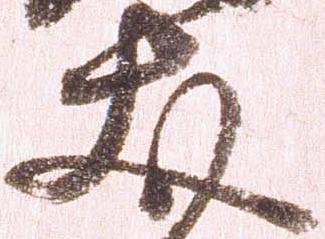
友